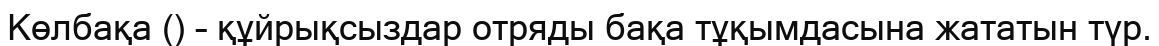
Көлбақа () – құйрықсыздар отряды бақа тұқымдасына жататын түр.